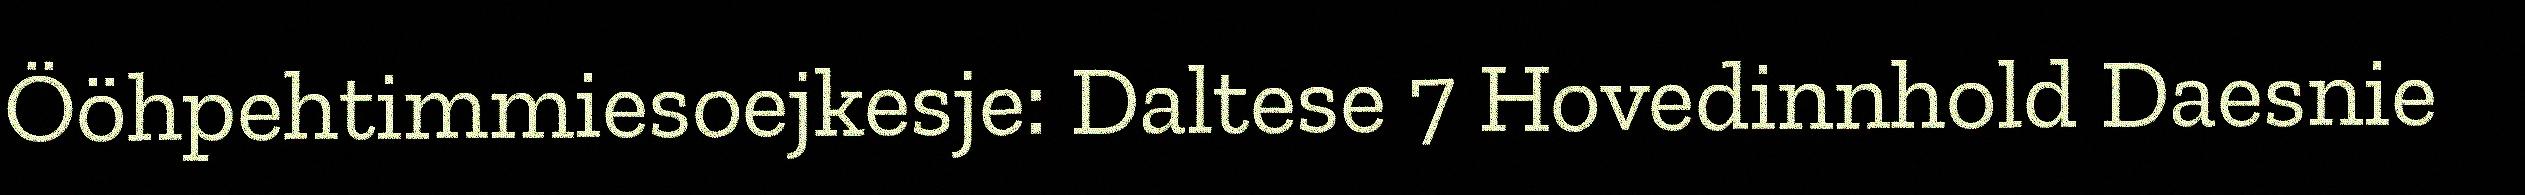
Ööhpehtimmiesoejkesje: Daltese 7 Hovedinnhold Daesnie